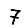
Digit: 7